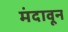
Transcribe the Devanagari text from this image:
मंदावून